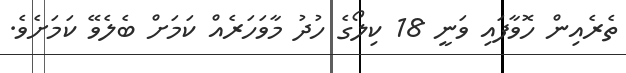
ތެރެއިން ހޮވާފައި ވަނީ 18 ކިލޯގެ ހުދު މާވަހަރެއް ކަމަށް ބެލެވޭ ކަމަށެވެ.